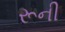
રૂની